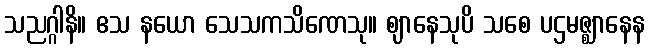
သညဂ္ဂါနိ။ ဧသ နယော သေသကသိဏေသု။ ဈာနေသုပိ သစေ ပဌမဇ္ဈာနေန